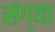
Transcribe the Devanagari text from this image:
संग्या